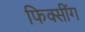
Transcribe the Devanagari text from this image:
फिक्सींग